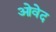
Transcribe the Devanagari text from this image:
ओवेद